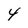
Character: 4